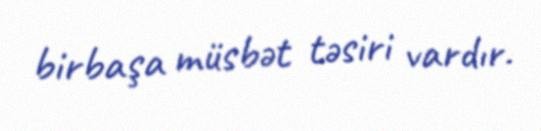
birbaşa müsbət təsiri vardır.